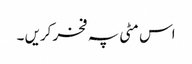
اس مٹی پہ فخر کریں ۔